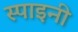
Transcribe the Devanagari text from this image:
स्पाइनी